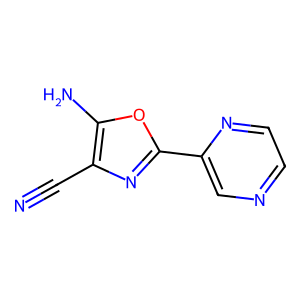
SMILES: N#Cc1nc(-c2cnccn2)oc1N
Inhibits HIV replication: No